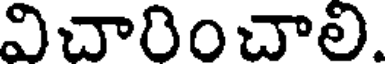
విచారించాలి.